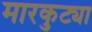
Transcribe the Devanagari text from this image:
मारकुट्या